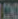
COO